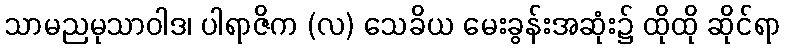
သာမညမုသာဝါဒ၊ ပါရာဇိက (လ) သေခိယ မေးခွန်းအဆုံး၌ ထိုထို ဆိုင်ရာ